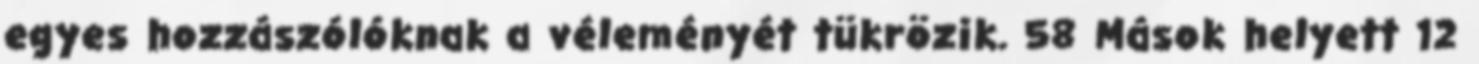
egyes hozzászólóknak a véleményét tükrözik. 58 Mások helyett 12